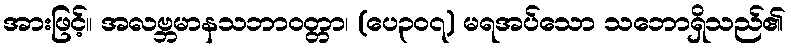
အားဖြင့်။ အလဗ္ဘမာနသဘာဝတ္တာ၊ (ပေ၃၀၇) မရအပ်သော သဘောရှိသည်၏